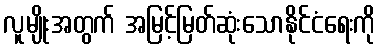
လူမျိုးအတွက် အမြင့်မြတ်ဆုံးသောနိုင်ငံရေးကို